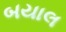
બયાલ